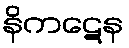
နိကဋေန